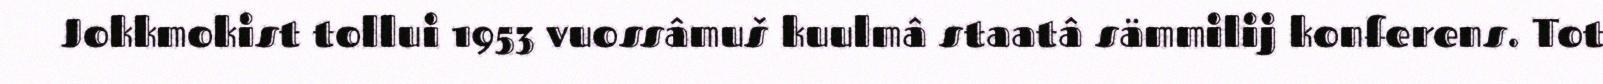
Jokkmokist tollui 1953 vuossâmuš kuulmâ staatâ sämmilij konferens. Tot